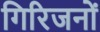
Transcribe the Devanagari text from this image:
गिरिजनों